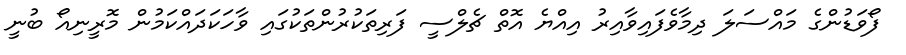
ފޯވަޑުންގެ މައްސަލަ ދިމާވެފައިވާއިރު އިއްޔެ އޮތް ޗެލްސީ ފަރިތަކުރުންތަކުގައި ވާހަކަދައްކަމުން މޮރީނިއޯ ބުނީ